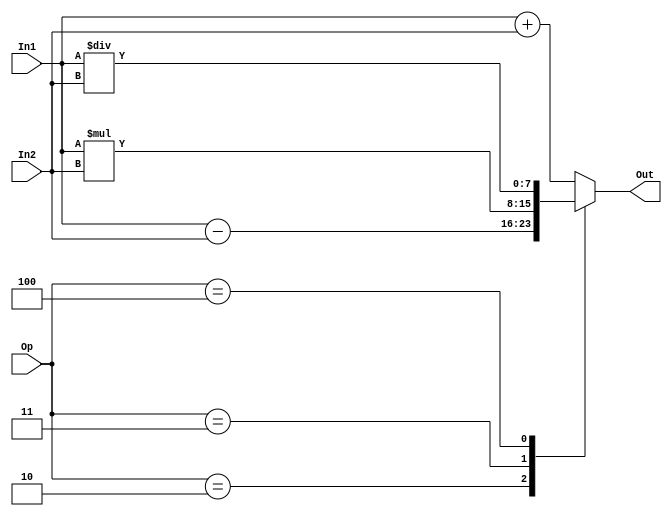
module Arithmetic_Unit (
	Op,
	In1,
	In2,
	Out
);
	input [3:0] Op;
	input [7:0] In1,In2;
	output reg [7:0] Out;

	parameter Add = 4'b0001,
			  Sub = 4'b0010,
			  Mul = 4'b0011,
			  Div = 4'b0100;

	always @(Op or In1 or In2) begin
		case (Op)
			Add: Out = In1 + In2;
			Sub: Out = In1 - In2;
			Mul: Out = In1 * In2;
			Div: Out = In1 / In2;
			default: Out = In1 + In2;
		endcase
	end
endmodule  


module Arithmetic_Unit_Tb;

	reg [3:0] Op;
	reg [7:0] In1,In2;
	wire [7:0] Out;
	Arithmetic_Unit Arithmetic_Unit_Dut(Op,In1,In2,Out);

	initial begin

		// Case(1)
		#0
		Op  = 4'b0000;
		In1 = 8'b00000000;
		In2 = 8'b00000000;
		#5
		Op  = 4'b0001;
		In1 = 8'b00000001;
		In2 = 8'b00000001;
		#10
		Op  = 4'b0001;
		In1 = 8'b00000011;
		In2 = 8'b00001001;
	end
	initial begin
		$dumpfile("Alu.vcd");
		$dumpvars(0,Arithmetic_Unit_Dut);
	end
	initial 
		$monitor("Op = %b, In1 = %b, In2 = %b, Out = %b",Op,In1,In2,Out);
	
endmodule